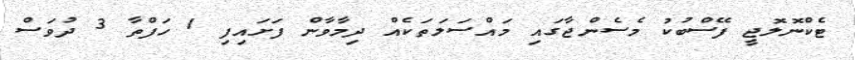
ޓެކްނޮލޮޖީ ފޭސްބުކު މެސެންޖާގައި މައްސަލަތަކެއް ދިމާވާން ފަށައިފި 1 ހަފްތާ 3 ދުވަސް